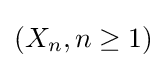
(X_{n},n\geq 1)